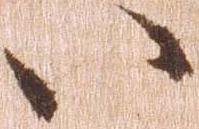
い